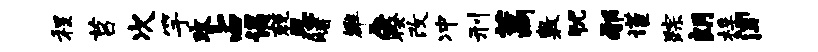
程莒次竽攻占谒兢思赌雒唇暌改冲刑藁敷犹邪谨踪朗桴闻